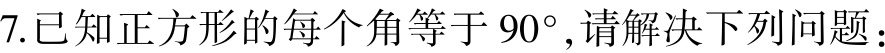
7.已知正方形的每个角等于 \(90^{\circ}\),请解决下列问题：